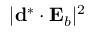
| \ensuremath { \mathbf { d } } ^ { * } \cdot \ensuremath { \mathbf { E } _ { b } } | ^ { 2 }